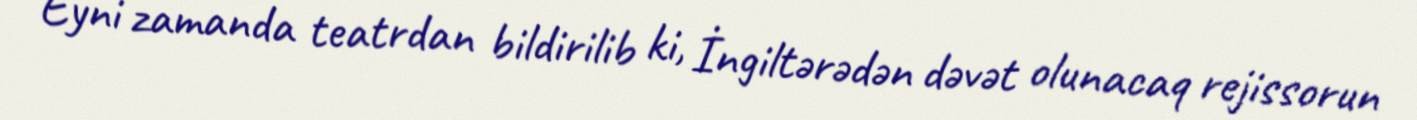
Eyni zamanda teatrdan bildirilib ki, İngiltərədən dəvət olunacaq rejissorun